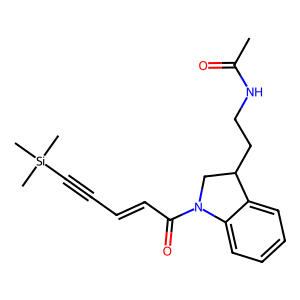
SMILES: CC(=O)NCCC1CN(C(=O)C=CC#C[Si](C)(C)C)c2ccccc21
Inhibits HIV replication: No